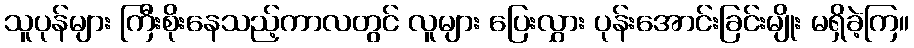
သူပုန်များ ကြီးစိုးနေသည့်ကာလတွင် လူများ ပြေးလွှား ပုန်းအောင်းခြင်းမျိုး မရှိခဲ့ကြ။